Kassari_(Keina)_vallavalitsus, lk 48
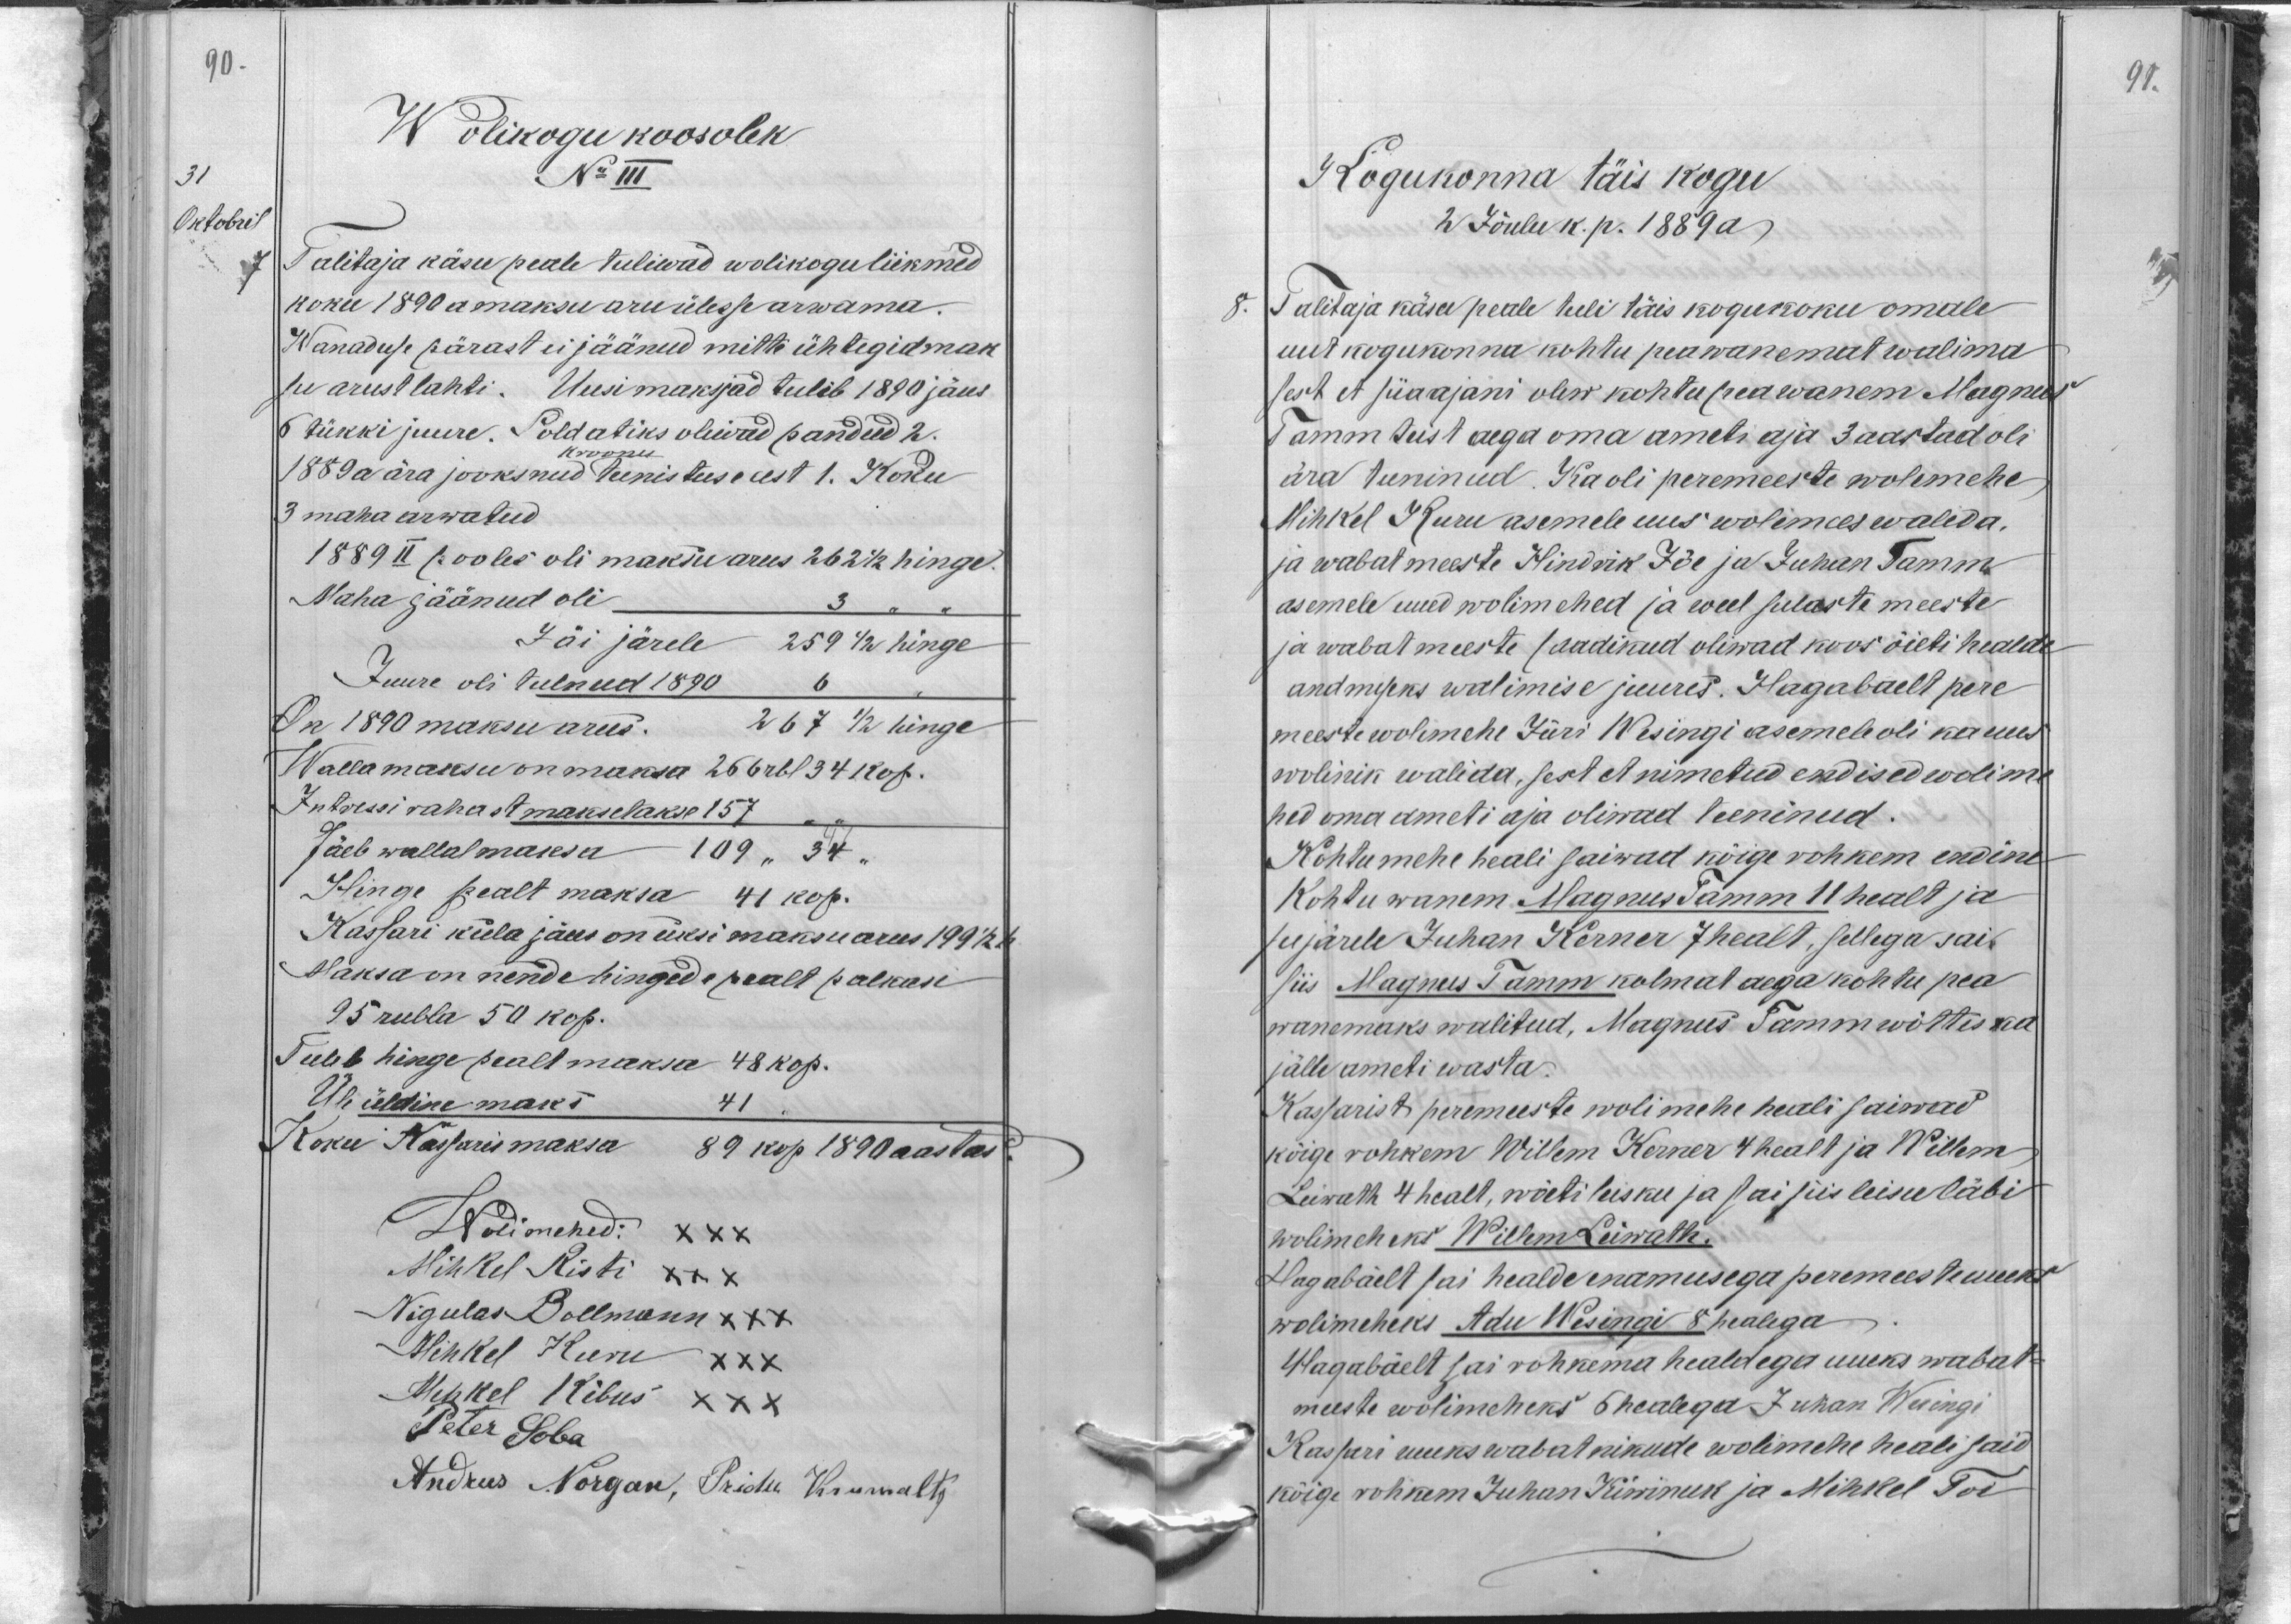
90.
Wolikogu koosolek
31
No III
Oktobril
7
Talitaja käsu peale tuliwad wolikogu liikmed
koku 1890 a maksu aru ülesse arwama.
Wanaduse pärast ei jäänud mitte ühtegid mak
su arust lahti. Uusi maksjad tuleb 1890 jäus
6 tükki juure. Soldatiks oliwad pandud 2.
kroonu
1889 a ära jooksnud teenistuse eest 1. Koku
3 maha arwatud.
1889 II pooles oli maksu arus 262 1/2 hinge).
Maha jäänud oli
Jäi järele 259 1/2 hinge
Juure oli tulnud 1890
On 1890 maksu arus. 267 1/2 hinge
Wallamaksu on maksa 266 rbl 34 kop.
Intressi rahast makselakse 157
Jäeb wallal maksa 109 " 34 "
Hinge pealt maksa 41 kop.
Kassari küla jäus on üksi maksu arus 199 1/2 h
Maksa on nende hingede pealt palkasi
95 rubla 50 kop.
Tuleb hinge pealt maksu 48 kop.
Üle üldine maks
41
Koku Kassaris maksa 89 kop 1890 aastas
Wolimehed XXX
Mihkel Risti XXX
Nigulas Bollmann XXX
Mihkel Kuru XXX
Mihkel Kibus XXX
Peter Soba
Andrus Norgan, Priidu Krumoltz

91.

Kogukonna täis kogu
2 Jõulu k. p. 1889 a
8. Talitaja käsu peale tuli täis kogukoku omale
uut kogukonna kohtu peawanemat walima
sest et siiaajani olew kohtu pea wanem Magnus
Tamm teist aega oma ameti aja 3 aastad oli
ära teeninud. Ka oli peremeeste wolimehe
Mihkel Kuru asemele uus wolimees walida.
ja wabatmeeste Hindrik Jõe ja Juhan Tamm
asemele uued wolimehed ja weel sulaste meeste
ja wabat meeste saadikud oliwad koos õieti healde
andmiseks walimise juures. Hagabaelt pere
meeste wolimehe Jüri Wesingi asemele oli ka uus
wolinik walida, sest et nimetud endised wolime-
hed oma ameti aja oliwad teeninud.
Kohtumehe heali saiwad kõige rohkem endine
Kohtuwanem Magnus Tamm 11 healt ja
seejärele Juhan Kerner 7 healt, sellega sai
siis Magnus Tamm kolmat aega kohtu pea
wanemaks walitud, Magnus Tamm wõttes ka
jälle ameti wasta.
Kassarist peremeeste wolimehe heali saiwad
kõige rohkem Willem Kerner 4 healt ja Willem
Leiwath 4 healt, wõeti leisku ja sai siis leisu läbi
wolimeheks Willem Leiwath.
Hagabäelt sai healde enamusega peremeeste uueks
wolimeheks Adu Wesingi 8 healega
Hagabäelt sai rohkema healdega uueks wabat-
meeste wolimeheks 6 healega Juhan Wesingi
Kassari uueks wabatnikude wolimehe heali said
kõige rohkem Juhan Kiwinuk ja Mihkel Toi